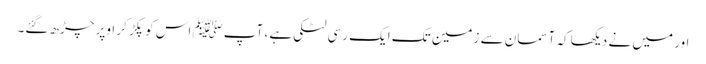
اور میں نے دیکھا کہ آسمان سے زمین تک ایک رسی لٹکی ہے ، آپﷺ اس کو پکڑ کر اوپر چڑھ گئے۔